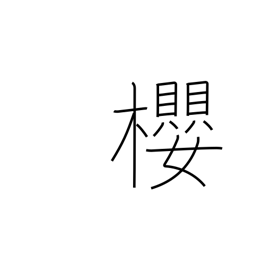
Meaning: cherry